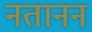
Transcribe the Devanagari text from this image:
नतानन